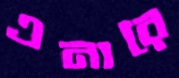
এনারে